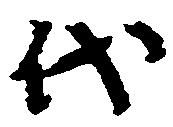
代